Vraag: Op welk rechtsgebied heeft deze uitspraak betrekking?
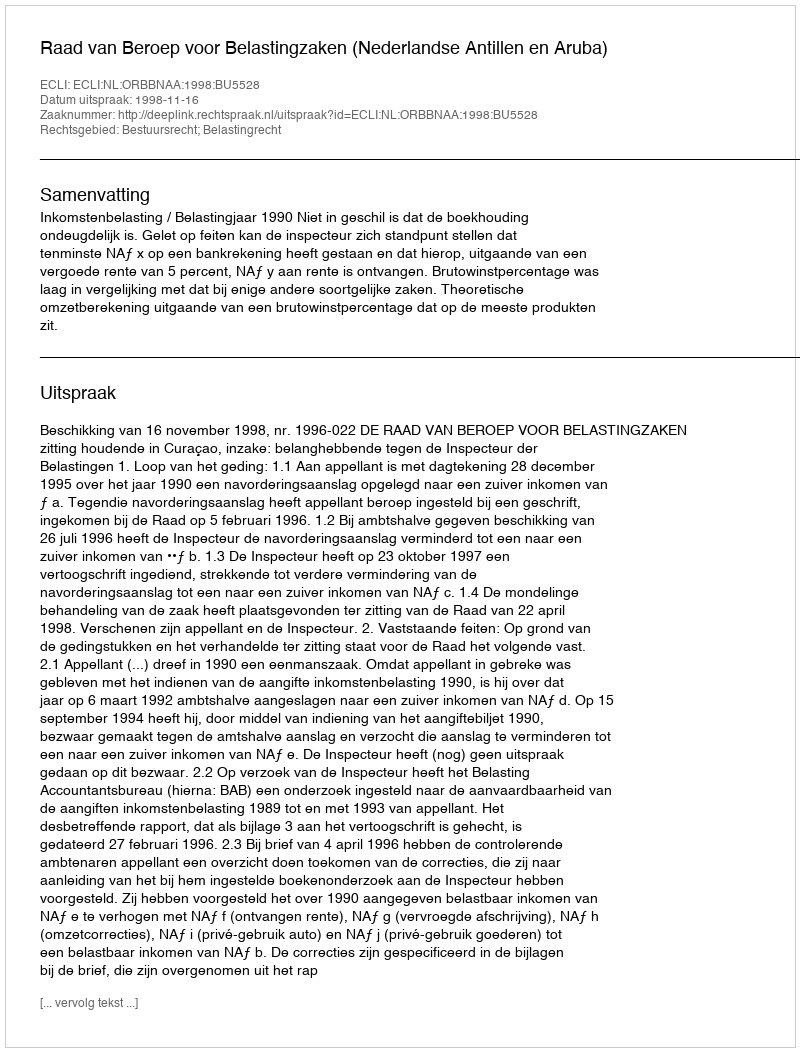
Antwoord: Bestuursrecht; Belastingrecht